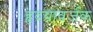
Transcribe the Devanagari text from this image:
हृदयावर्जक